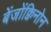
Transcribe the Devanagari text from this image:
बेंजोंक्विनोन